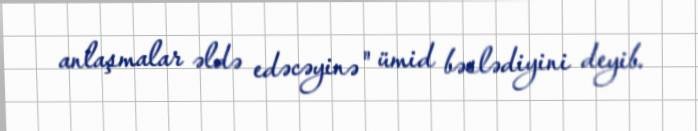
anlaşmalar əldə edəcəyinə" ümid bəslədiyini deyib.